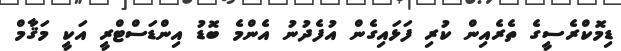
ޑިމޮކްރެސީގެ ތެރެއިން ކުރި ފަޅައިގެން އުފެދުނު އެންމެ ބޮޑު އިންޑަސްޓްރީ އަކީ މަޤާމް